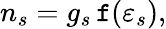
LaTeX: n_{s}=g_{s}\, \mathtt{f}(\varepsilon_{s}),